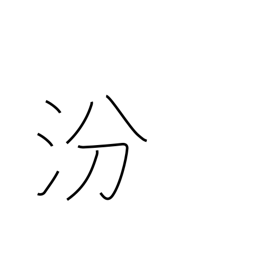
Meaning: name of a Chinese river